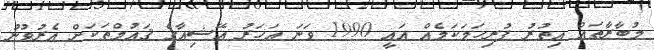
މުބާރާތައް އިތުރު ފުރިހަމަކަމެއް އައީ 1990 ވަނަ އަހަރު އޭޝިއާގެ ޤައުމްތަކަށް އެރުވުނު